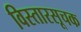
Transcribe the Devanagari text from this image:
विस्तारसूचक